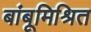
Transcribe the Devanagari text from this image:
बांबूमिश्रित